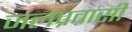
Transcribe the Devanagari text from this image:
जलप्रवासी